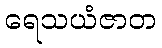
ရေသယံဇာတ